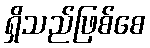
ရှိသည်ဖြစ်စေ